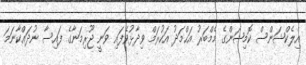
އިލެކްޝަންސް ކޮމިޝަންގެ މެމްބަރު އަޙްމަދު އަކުރަމް ވިދާޅުވެފައި ވަނީ ޖޫރިމަނާގެ ފައިސާ ނުދައްކާނަމަ